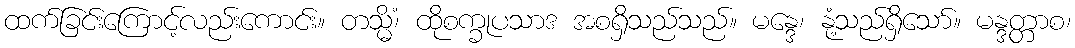
ထက်ခြင်းကြောင့်လည်းကောင်း။ တသ္မိံ၊ ထိုစက္ခုပသာဒ အစရှိသည်သည်။ မန္ဒေ၊ နုံ့သည်ရှိသော်။ မန္ဒတ္တာစ၊